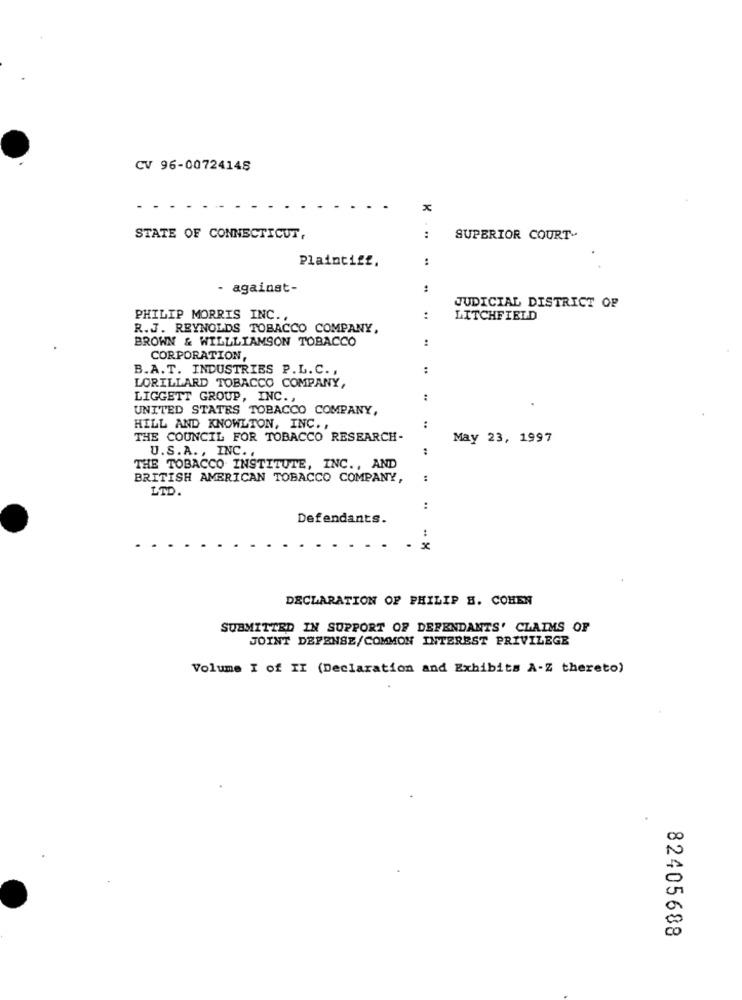
CV 96-00724145
x
STATE OF CONNECTICUT,
....
SUPERIOR COURT-
Plaintiff.
:
- against-
JUDICIAL DISTRICT OF
PHILIP MORRIS INC .,
:
LITCHFIELD
R.J. REYNOLDS TOBACCO COMPANY,
BROWN & WILLLIAMSON TOBACCO
CORPORATION,
B.A.T. INDUSTRIES P.L.C. ,
LORILLARD TOBACCO COMPANY,
LIGGETT GROUP, INC. ,
UNITED STATES TOBACCO COMPANY,
HILL AND KNOWLTON, INC. ,
THE COUNCIL FOR TOBACCO RESEARCH-
May 23, 1997
U.S.A ., INC. ,
THE TOBACCO INSTITUTE, INC ., AND
BRITISH AMERICAN TOBACCO COMPANY,
:
LTD.
:
Defendants.
DECLARATION OF PHILIP B. COHEN
SUBMITTED IN SUPPORT OF DEFENDANTS' CLAIMS OF
JOINT DEFENSE/COMMON INTEREST PRIVILEGE
Volume I of II (Declaration and Exhibits A-Z thereto)
82405688